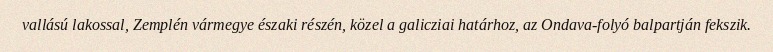
vallású lakossal, Zemplén vármegye északi részén, közel a galicziai határhoz, az Ondava-folyó balpartján fekszik.